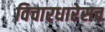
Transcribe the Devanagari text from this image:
विचारधारेसच